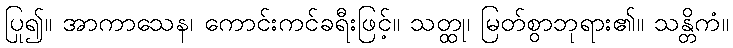
ပြု၍။ အာကာသေန၊ ကောင်းကင်ခရီးဖြင့်။ သတ္ထု၊ မြတ်စွာဘုရား၏။ သန္တိကံ။